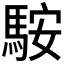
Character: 𩣑